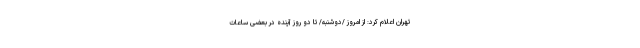
تهران اعلام کرد: از امروز /دوشنبه/ تا دو روز آینده در بعضی ساعات